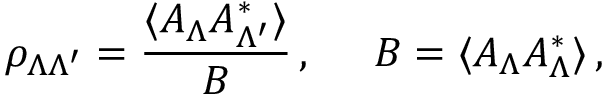
\rho _ { \Lambda \Lambda ^ { \prime } } = { \frac { \langle A _ { \Lambda } A _ { \Lambda ^ { \prime } } ^ { * } \rangle } { B } } \, , \; \; \; \; \; B = \langle A _ { \Lambda } A _ { \Lambda } ^ { * } \rangle \, ,